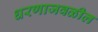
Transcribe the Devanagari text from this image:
धरणाजवळील